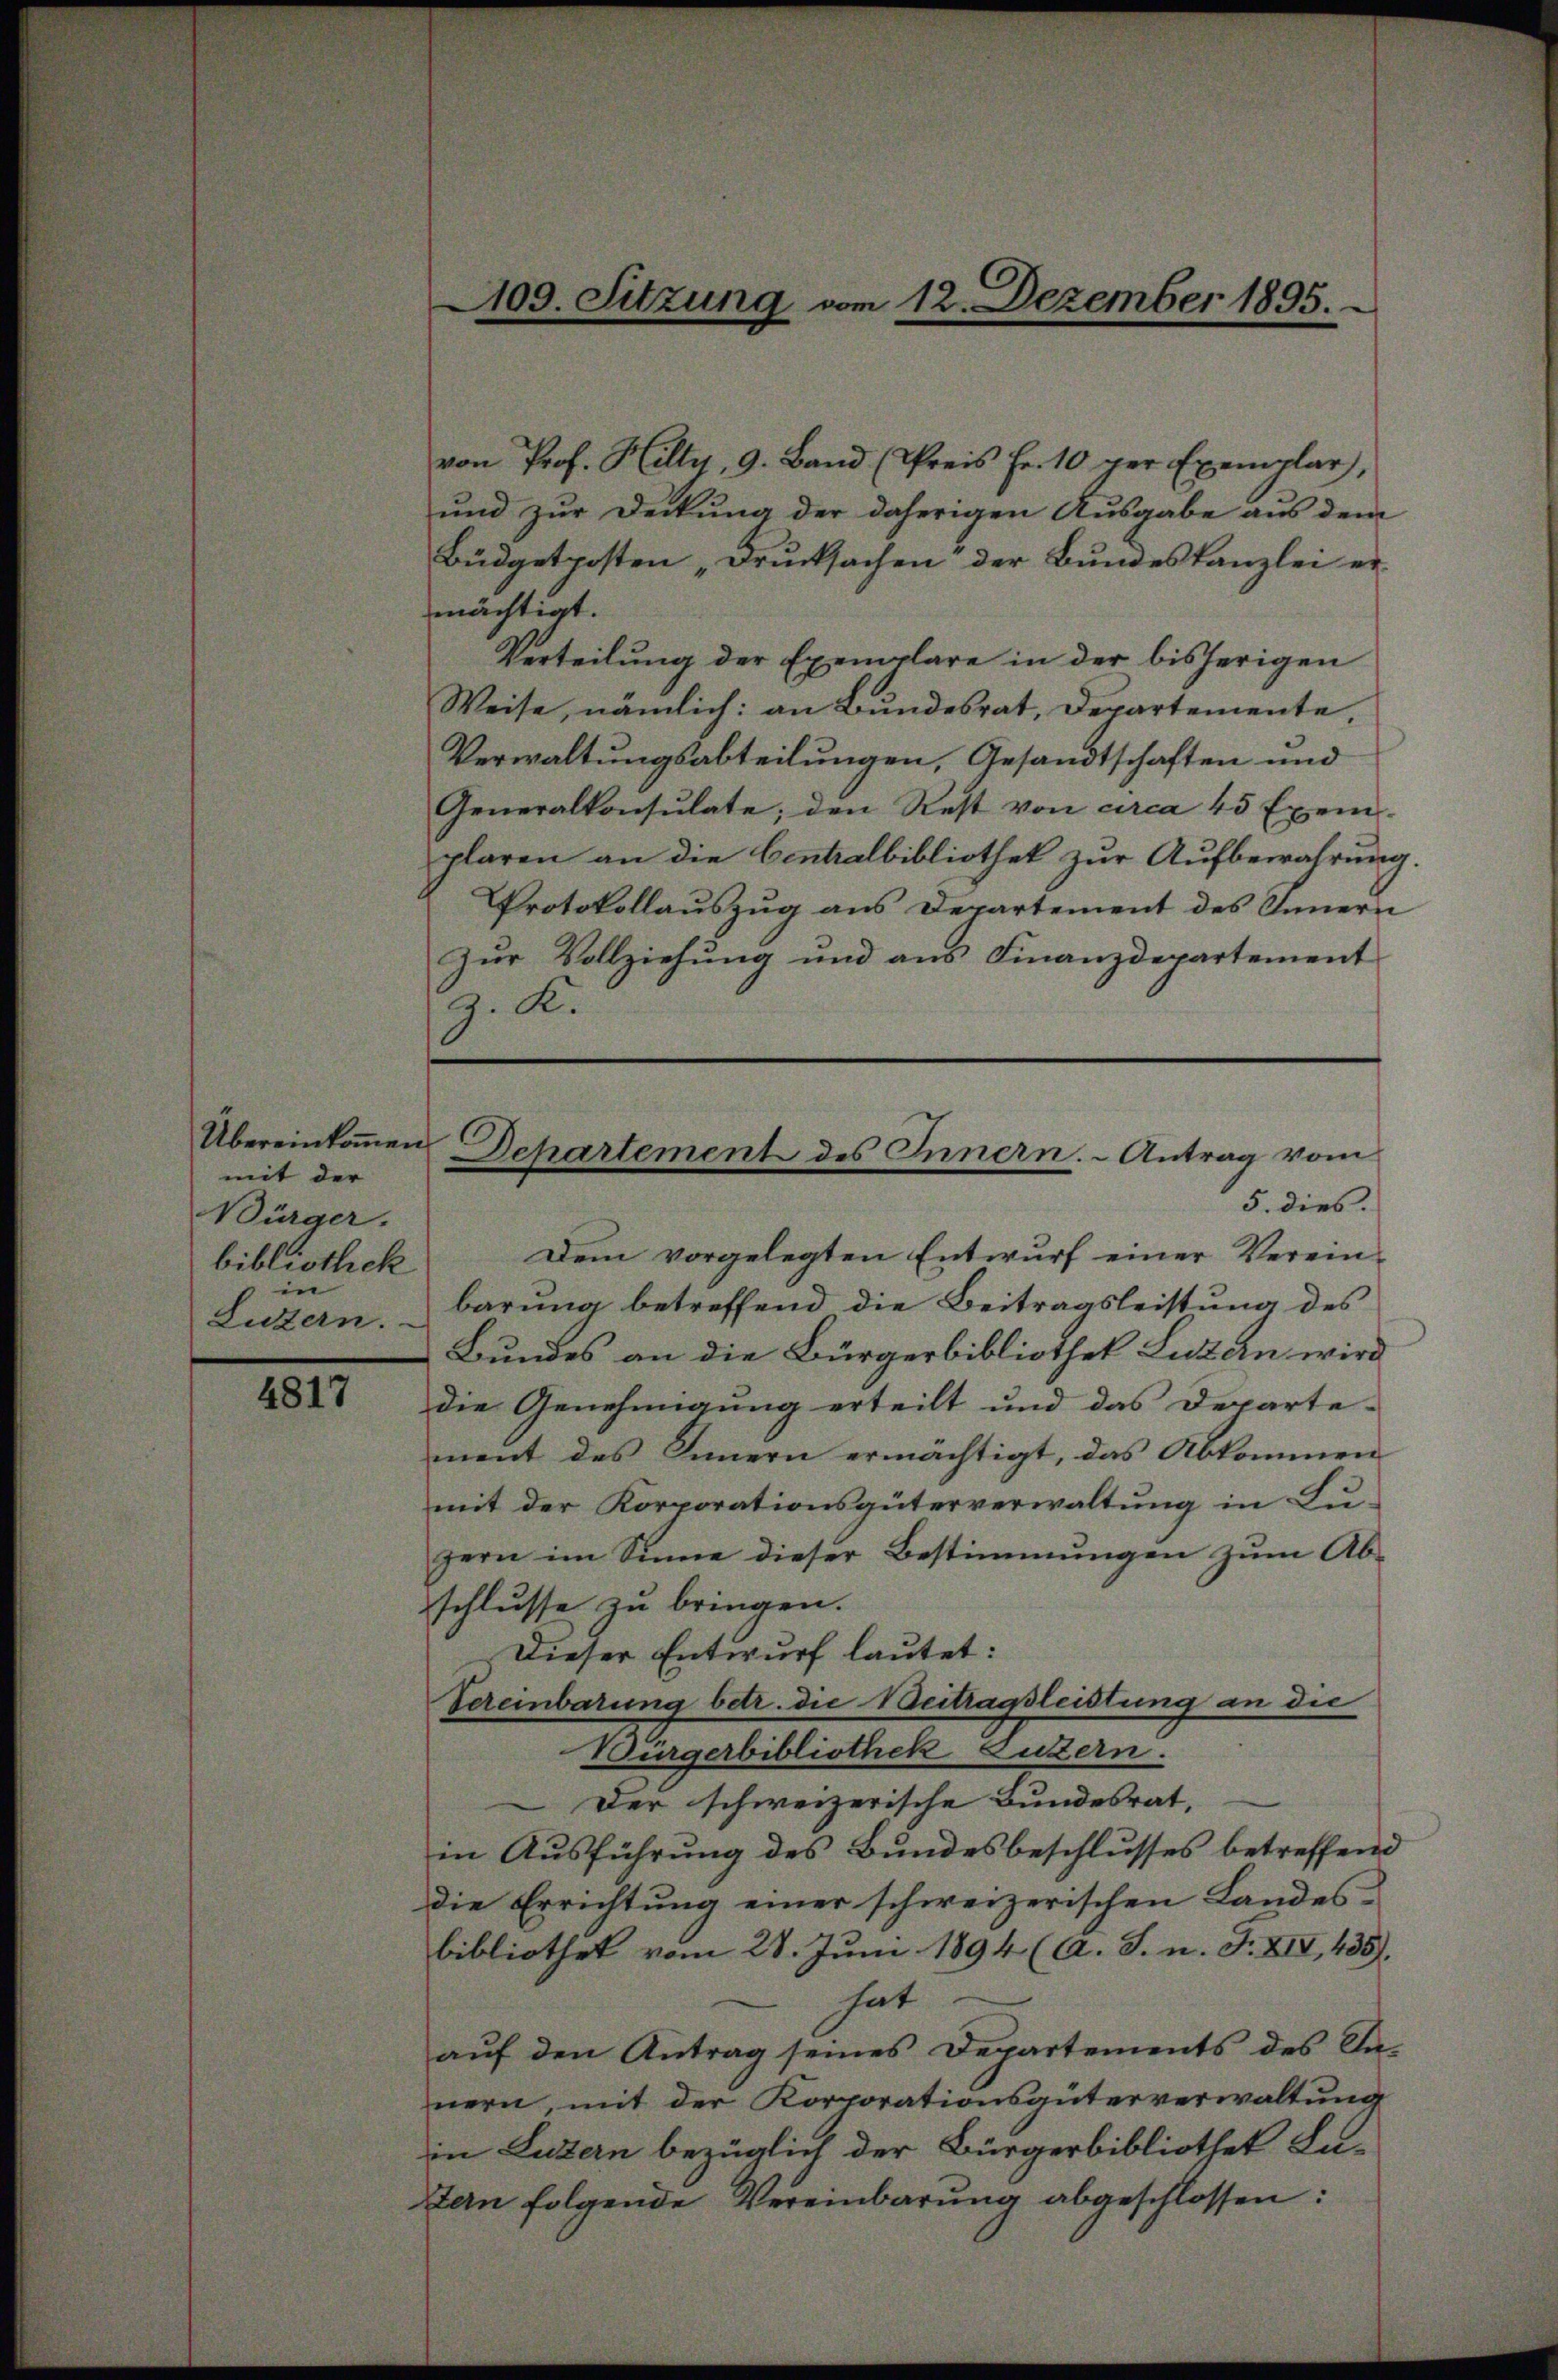
mit der
Bürger.
bibliothek
in
Luzern.

4817

109. Sitzung vom 12. Dezember 1895.

von Prof. Hilty, 9. Band (Preis Fr. 10 der Exemplar,
und zur Deckung der daherigen Ausgabe aus dem
Büdgetposten „Drucksachen der Bundeskanzlei ermächtigt.
Verteilung der Exemplare in der bisherigen
Weise, nämlich: an Bundesrat, Departemente,
Verwaltungsabteilungen, Gesandtschaften und
Generalkonsulate; den Rest von circa 45 Exem-
plaren an die Centralbibliothek zur Aufbewahrung.
Protokollaŭszŭg ans Departement des Innern
zur Vollziehung und ans Finanzdepartement
G. K.

5. dies.
Dem vorgelegten Entwurf einer Vereinbarung betreffend die Beitragsleistung des
Bundes an die Bürgerbibliothek Luzen wird
die Genehmigung erteilt und das Departe-
ment des Innern ermächtigt, das Abkommen
mit der Korporationsgüterverwaltung in Lu-
zern im Sinne dieser Bestimmungen zŭm Ab-
schlusse zu bringen.
Dieser Entwurf lautet:
Vereinbarung betr. die Beitragsleistung an die
Burgerbibliothek Luttern.
Der schweizerische Bundesrat,
in Ausführung des Bundesbeschlusses betreffend
die Errichtung einer schweizerischen Landes-
bibliothek vom 28. Juni 1894 (A. S. n. F. XIV, 435).
hat
aŭf den Antrag seines Departements des Sa-
nern, mit der Korporationsgüterverwaltung
in Luzern bezüglich der Bürgerbibliothek La-
tern folgende Vereinbarung abgeschlossen:

Übereinkoṁen Dchartement des Innern. - Antrag vom